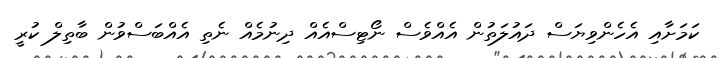
ކަމަށާއި އެހެންވިޔަސް ދައުލަތުން އެއްވެސް ނޯޓިސްއެއް ދިނުމެއް ނެތި އެއްބަސްވުން ބާތިލް ކުރީ